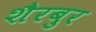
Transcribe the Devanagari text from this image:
शैरबुर